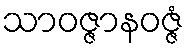
သာဝဇ္ဇာနဝဇ္ဇံ